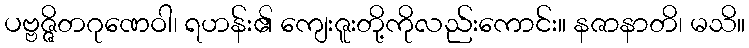
ပဗ္ဗဇ္ဇိတဂုဏေဝါ၊ ရဟန်း၏ ကျေးဇူးတို့ကိုလည်းကောင်း။ နဇာနာတိ၊ မသိ။